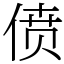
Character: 偾